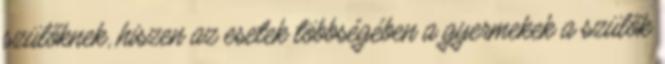
szülőknek, hiszen az esetek többségében a gyermekek a szülők